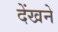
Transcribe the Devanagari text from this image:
देंखने